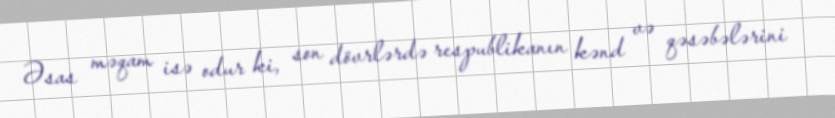
Əsas məqam isə odur ki, son dövrlərdə respublikanın kənd və qəsəbələrini